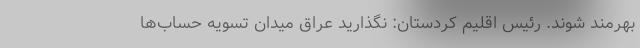
بهرمند شوند. رئیس اقلیم کردستان: نگذارید عراق میدان تسویه حساب‌ها